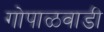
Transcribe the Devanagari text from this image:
गोपाळवाडी